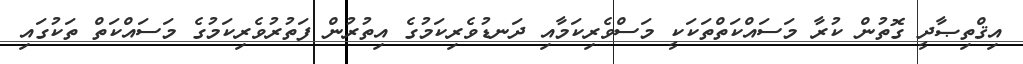
އިޤްތިޞާދީ ގޮތުން ކުރާ މަސައްކަތްތަކަކީ މަސްވެރިކަމާއި ދަނޑުވެރިކަމުގެ އިތުރުން ފަތުރުވެރިކަމުގެ މަސައްކަތް ތަކުގައި